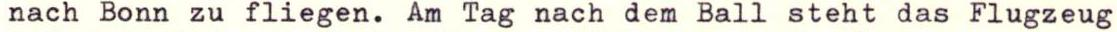
nach Bonn zu fliegen. Am Tag nach dem Ball steht das Flugzeug